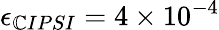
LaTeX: \epsilon_{\mathbb{C}IPSI}=4\times10^{-4}